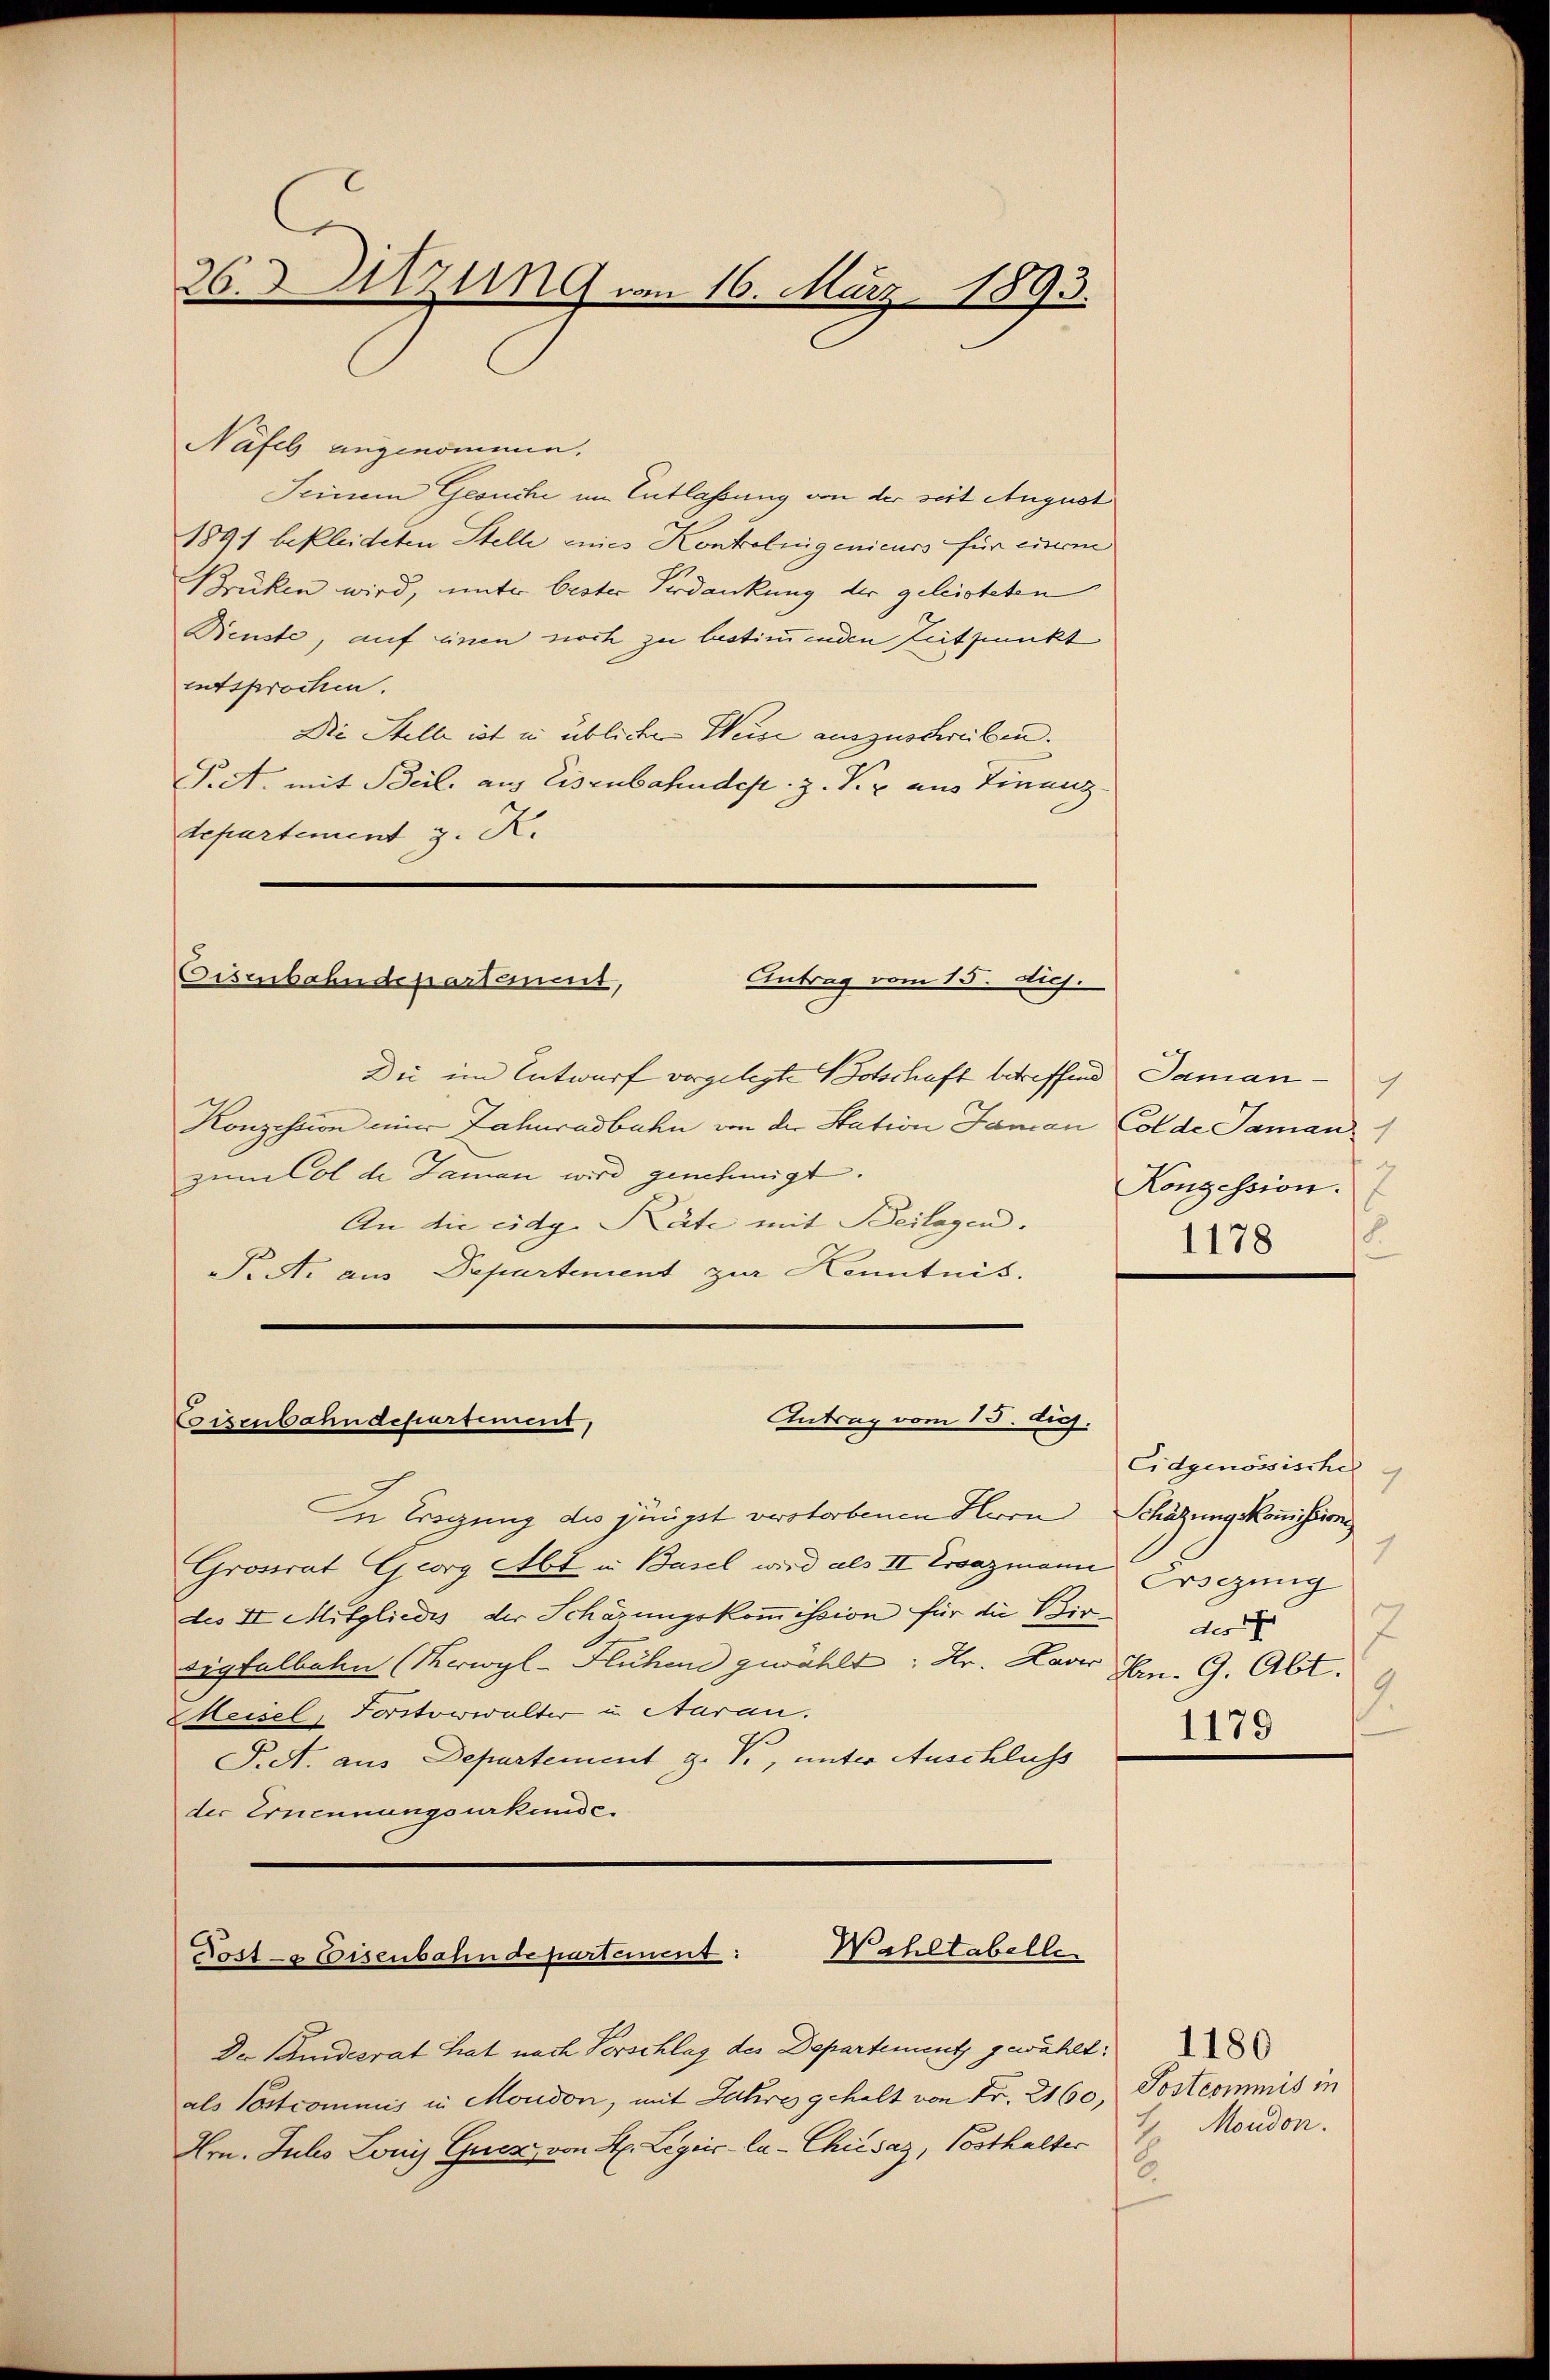
26.Utzung vom 16. März 1893.

Nasch angenommen.
Seinem Gesuche im Entlassung von der seit August
1891 bekleideten Stelle eines Kontrolinigenieurs für einem
Brüken wird, unter bester Verdankung der geleisteten
Benste, auf einen noch zu bestimmenden Zeitpunkt
entsprochen.
Die Stelle ist in üblichen Weise auszuschreiben.
Pret. mit Beil, aus Eisenbahndep. z. B. aus Finanztepartement z. K.

Eisenbahndepartement, Antrag vom 15. d.

Die im Entwurf vorgelegte Botschaft betreffend Daman¬
Konzession einer Zahuradbahn von der Station Jaman Colde Saman
zum Col de Jaman wird genehmigt.
An die eidg. Räte mit Beilagen.
P. A. aus Departement zur Kenntnis.

Antrag vom 15. diej.
Cisenbahndepartement,

Wahltabelle.
Post-Eisenbahn de partement:

h
Konzession.
1178 (8

n tragung des jüngst verstorbenen Herrn Schätzung Kommissions
Grossrat Georg Abt in Basel wird als II Ersazmann
des II. Mitgliedes der Schärungskommission für die Birsigselben (Merwyl-Flüchen gewählt: Dr. Laver Jan. 9. Abt.
Meisel, Portorwalter u. Aaran.
P.S. aus Departement z. V., unter Anschluss
der Ernennungsurkunde.

als Postcommis in Moudon, mit Jahre gehalt von Fr. 2160, Postcommis in
Hrn. Julio Lonis Euere von H. Legiic-la-Chiesaz, Posthalter

Der Bundesrat hat nach Vorschlag des Departement gewählt:

Eidgenössische
1
Ersezung
des
7
2.
1179

1180
1, Moudon.